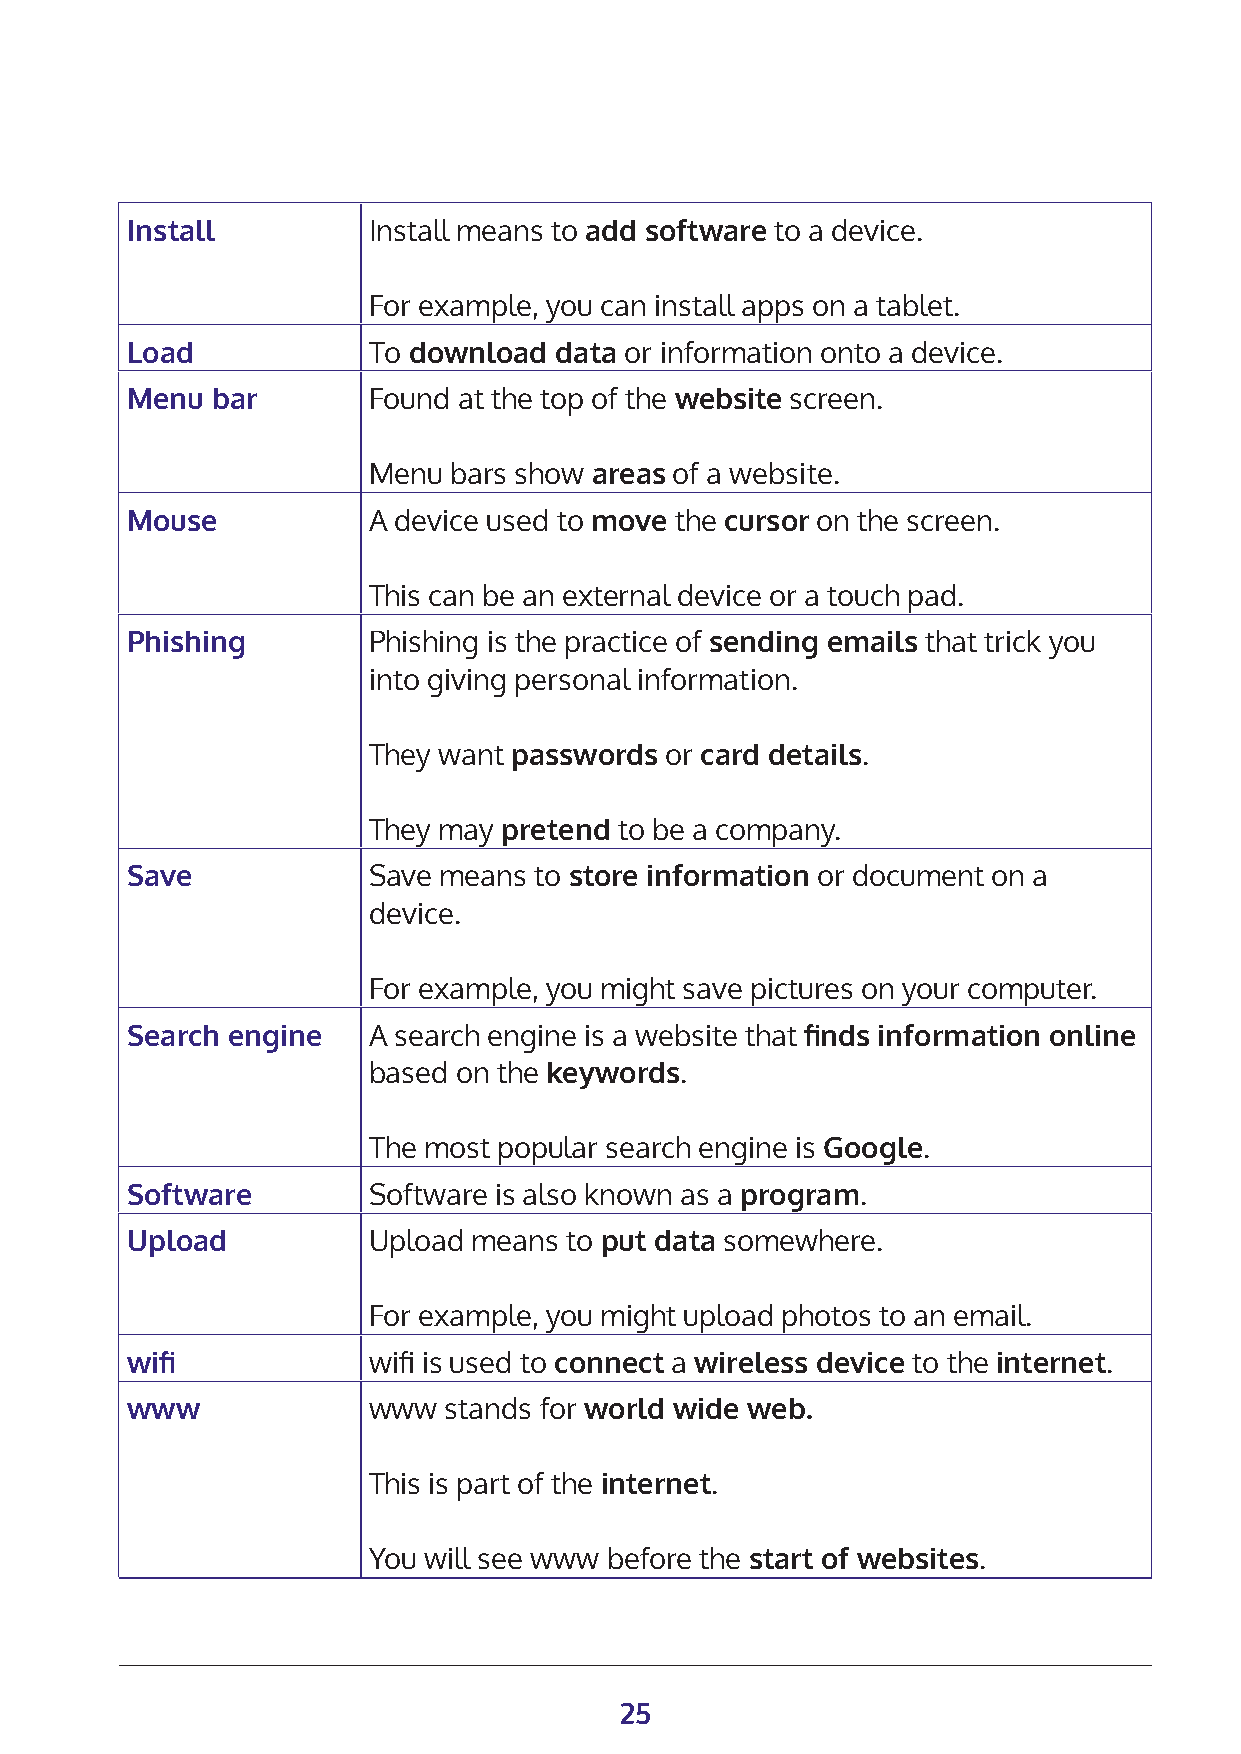
Install         Install means to add software to a device.
 For example, you can install apps on a tablet.
 Load            To download  data or information onto a device.
 Menu  bar       Found at the top of the website screen.
 Menu  bars show areas of a website.
 Mouse           A device used to move the cursor on the screen.
 This can be an external device or a touch pad.
 Phishing        Phishing is the practice of sending emails that trick you
 into giving personal information.
 They want passwords or card details.
 They may pretend to be a company.
 Save            Save means to store information or document on a
 device.
 For example, you might save pictures on your computer.
 Search engine   A search engine is a website that finds information online
 based on the keywords.
 The most popular search engine is Google.
 Software        Software is also known as a program.
 Upload          Upload means to put data somewhere.
 For example, you might upload photos to an email.
 wifi            wifi is used to connect a wireless device to the internet.
 www             www  stands for world wide web.
 This is part of the internet.
 You will see www before the start of websites.
 25